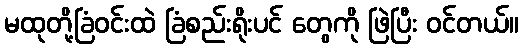
မထုတို့ခြံဝင်းထဲ ခြံစည်းရိုးပင် တွေကို ဖြဲပြီး ဝင်တယ်။